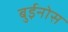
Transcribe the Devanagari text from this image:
बुईनोस